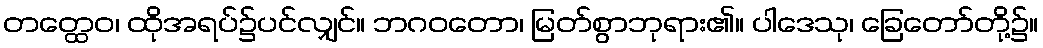
တတ္ထေဝ၊ ထိုအရပ်၌ပင်လျှင်။ ဘဂဝတော၊ မြတ်စွာဘုရား၏။ ပါဒေသု၊ ခြေတော်တို့၌။